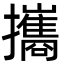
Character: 攜